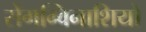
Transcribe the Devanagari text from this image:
सेंगग्विनाशियो